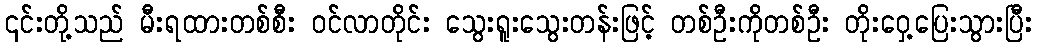
၎င်းတို့သည် မီးရထားတစ်စီး ဝင်လာတိုင်း သွေးရူးသွေးတန်းဖြင့် တစ်ဦးကိုတစ်ဦး တိုးဝှေ့ပြေးသွားပြီး